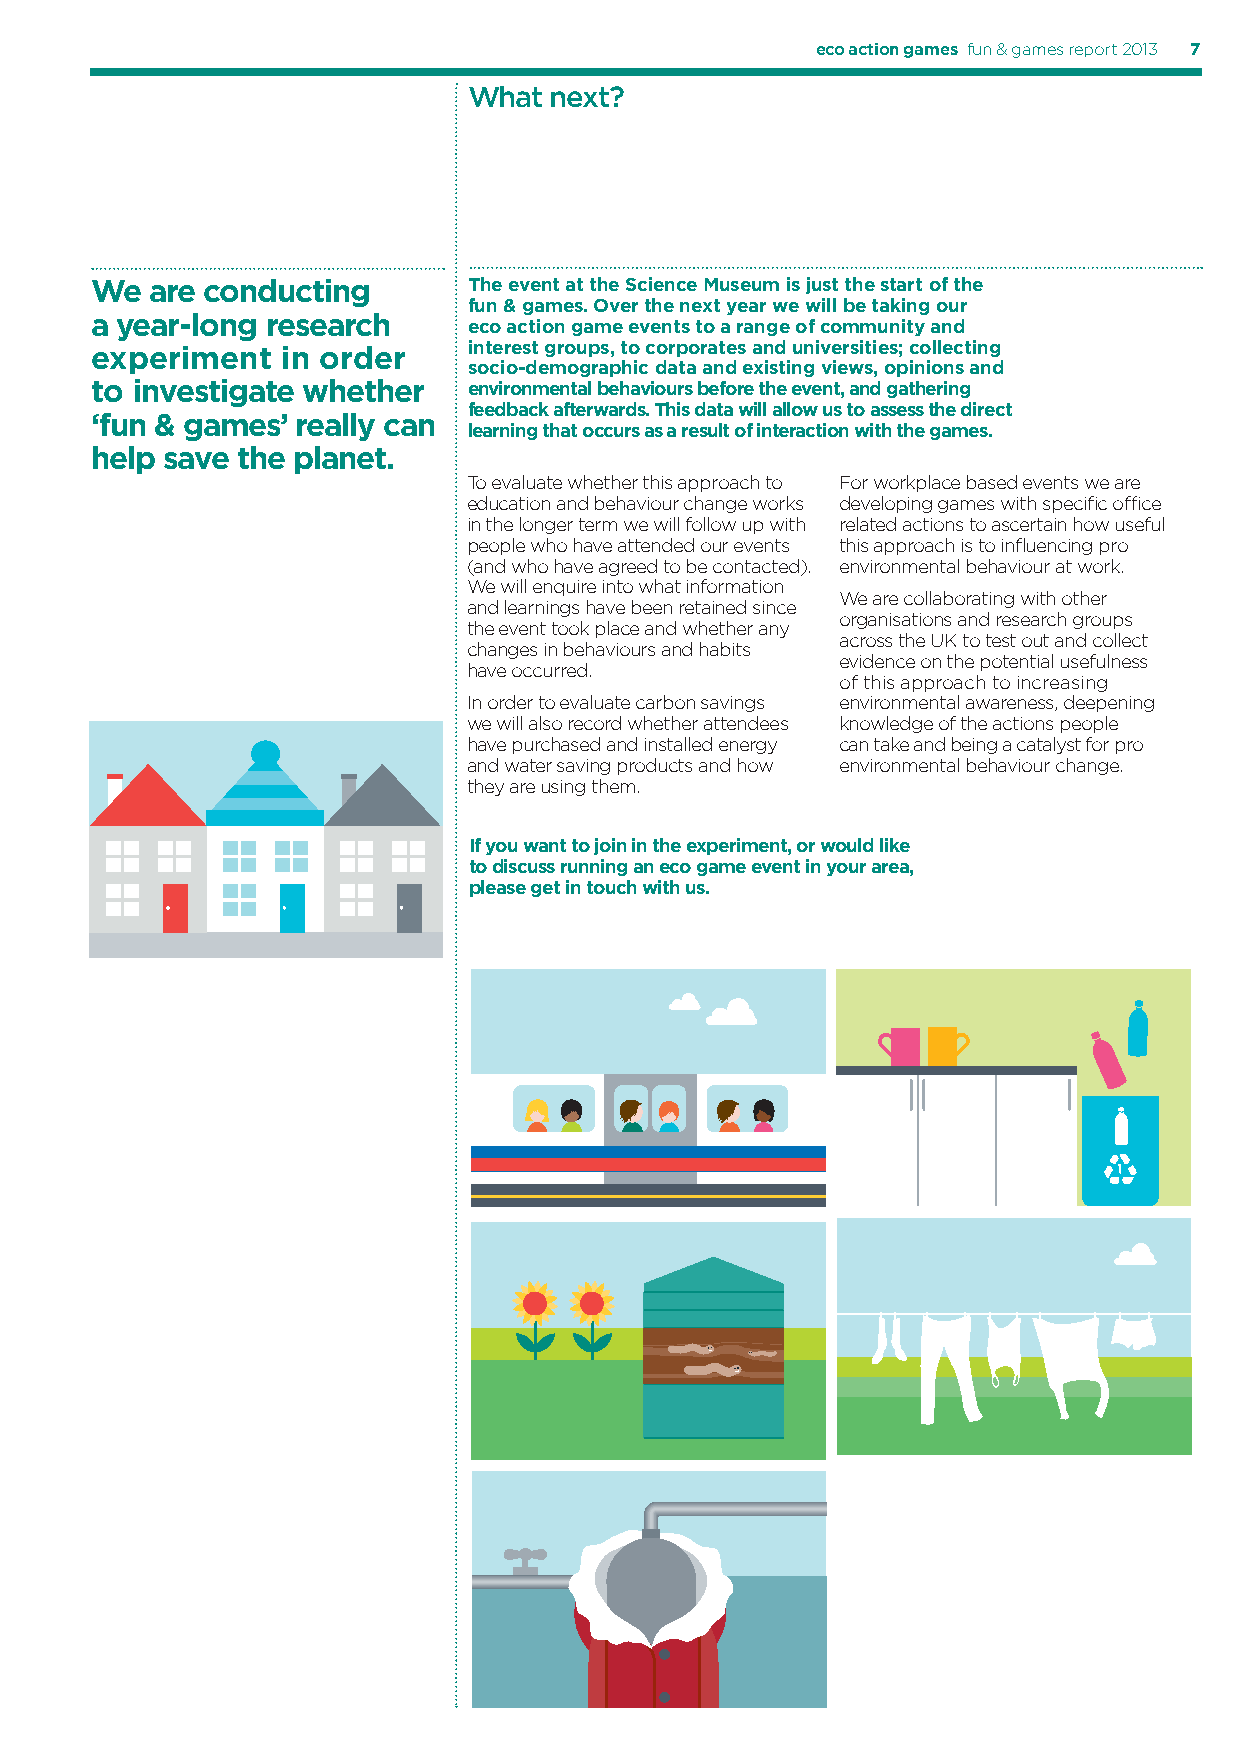
eco action games fun & games report 2013 7
 What next?
 We  are conducting       The event at the Science Museum is just the start of the
 fun & games. Over the next year we will be taking our
 a year-long research
 eco action game events to a range of community and
 experiment   in order    interest groups, to corporates and universities; collecting
 socio-demographic data and existing views, opinions and
 to investigate whether   environmental behaviours before the event, and gathering
 feedback afterwards. This data will allow us to assess the direct
 ‘fun & games’ really can
 learning that occurs as a result of interaction with the games.
 help save the planet.
 To evaluate whether this approach to For workplace based events we are
 education and behaviour change works developing games with specifi c offi ce
 in the longer term we will follow up with related actions to ascertain how useful
 people who have attended our events this approach is to infl uencing pro
 (and who have agreed to be contacted). environmental behaviour at work.
 We will enquire into what information
 We are collaborating with other
 and learnings have been retained since
 organisations and research groups
 the event took place and whether any
 across the UK to test out and collect
 changes in behaviours and habits
 evidence on the potential usefulness
 have occurred.
 of this approach to increasing
 In order to evaluate carbon savings environmental awareness, deepening
 we will also record whether attendees knowledge of the actions people
 have purchased and installed energy can take and being a catalyst for pro
 and water saving products and how environmental behaviour change.
 they are using them.
 If you want to join in the experiment, or would like
 to discuss running an eco game event in your area,
 please get in touch with us.